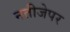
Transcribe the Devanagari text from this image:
नतीजेपर